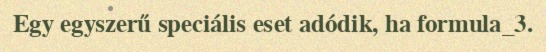
Egy egyszerű speciális eset adódik, ha formula_3.